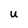
Character: U